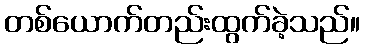
တစ်ယောက်တည်းထွက်ခဲ့သည်။